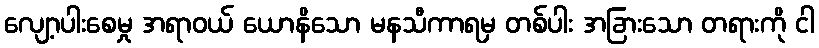
လျော့ပါးစေမှု အရာဝယ် ယောနိသော မနသီကာရမှ တစ်ပါး အခြားသော တရားကို ငါ